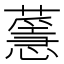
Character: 𦾻